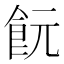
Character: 䬧